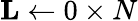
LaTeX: \mathbf{L}\leftarrow 0\times N